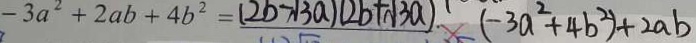
- 3 a ^ { 2 } + 2 a b + 4 b ^ { 2 } = ( 2 b - \sqrt { 3 } a ) ( 2 b + \sqrt { 3 a ) } ( - 3 a ^ { 2 } + 4 b ^ { 2 } ) + 2 a b